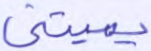
يميتني